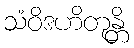
သံဝိဒဟိတုန္တိ